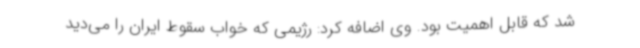
شد که قابل اهمیت بود. وی اضافه کرد: رژیمی که خواب سقوط ایران را می‌دید